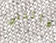
فاتتني